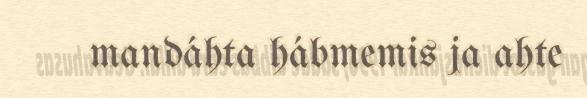
mandáhta hábmemis ja ahte